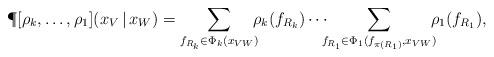
LaTeX: \begin{align*}\P[\rho_k, \ldots, \rho_1](x_V \,|\, x_W) = \sum_{f_{R_k} \in \Phi_k(x_{VW})} \!\!\! \rho_k(f_{R_k}) \cdots \!\!\! \sum_{f_{R_1} \in \Phi_1(f_{\pi(R_1)}, x_{VW})} \!\!\! \rho_1(f_{R_1}), \end{align*}